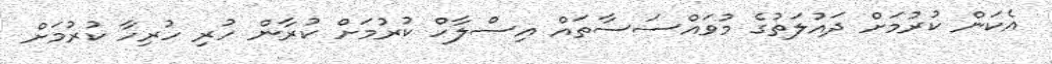
އެކަން ކުރުމަށް ދައުލަތުގެ މުވައްސަސާތައް އިސްލާހް ކުރުމަށް ކުރާން ހުރި ހުރިހާ ކުރުމަށް